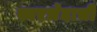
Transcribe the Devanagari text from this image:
स्वरभेदाची